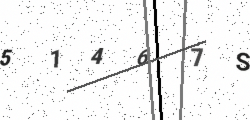
Text: 51467S